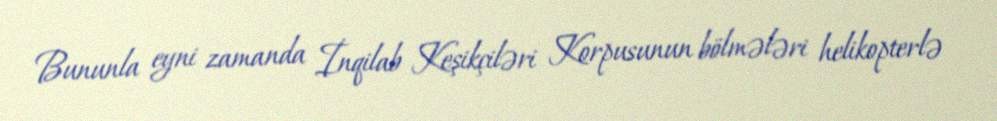
Bununla eyni zamanda İnqilab Keşikçiləri Korpusunun bölmələri helikopterlə